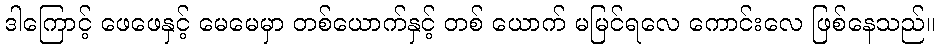
ဒါကြောင့် ဖေဖေနှင့် မေမေမှာ တစ်ယောက်နှင့် တစ် ယောက် မမြင်ရလေ ကောင်းလေ ဖြစ်နေသည်။